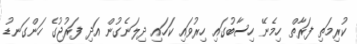
ކުރިމަތި ފަރާތް ހިމެނޭ ހިސާބުގައި ހިރުވައި ކަހަައި ދިލަނެގުން އަދި ފަރުޖުގެ ހަންގަނޑު